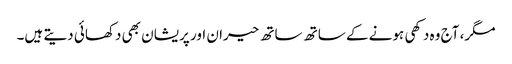
مگر، آج وہ دکھی ہونے کے ساتھ ساتھ حیران اور پریشان بھی دکھائی دیتے ہیں۔